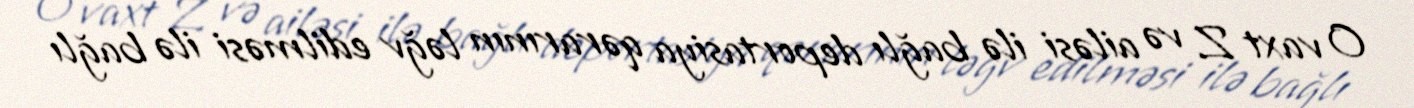
O vaxt Z. və ailəsi ilə bağlı deportasiya qərarının ləğv edilməsi ilə bağlı